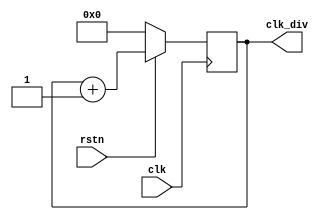
module ClkDiv(
    input clk,
    input rstn,
    output reg [31:0] clk_div
);

    always@(posedge clk)begin
        if(~rstn)clk_div<=32'b0;
        else clk_div<=clk_div+32'b1;
    end

endmodule